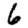
Digit: 6